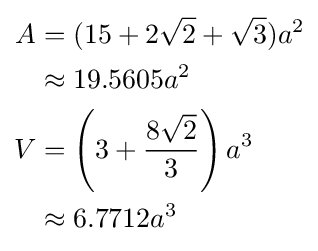
{\begin{aligned}A&=(15+2{\sqrt {2}}+{\sqrt {3}})a^{2}\\&\approx 19.5605a^{2}\\V&=\left(3+{\frac {8{\sqrt {2}}}{3}}\right)a^{3}\\&\approx 6.7712a^{3}\end{aligned}}